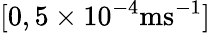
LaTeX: [0,5\times 10^{-4}\mathrm{ms^{-1}}]